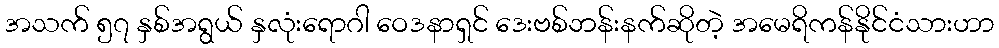
အသက် ၅၇ နှစ်အရွယ် နှလုံးရောဂါ ဝေဒနာရှင် ဒေးဗစ်ဘန်းနက်ဆိုတဲ့ အမေရိကန်နိုင်ငံသားဟာ